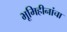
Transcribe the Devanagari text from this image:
भूमिहीनांचा